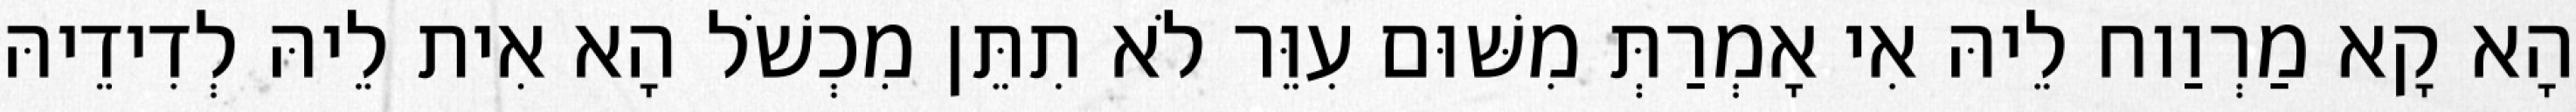
הָא קָא מַרְוַוח לֵיהּ אִי אָמְרַתְּ מִשּׁוּם עִוֵּר לֹא תִתֵּן מִכְשֹׁל הָא אִית לֵיהּ לְדִידֵיהּ